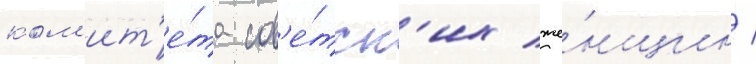
ком'ит'е́та сов'е́тск'их же́нщин /